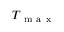
T _ { \mathrm { ~ m ~ a ~ x ~ } }